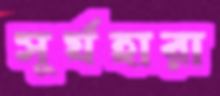
সূর্যহারা